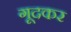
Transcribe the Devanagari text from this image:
गूदकर